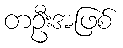
တဦးအဖြစ်